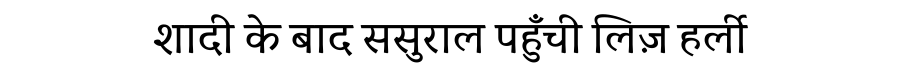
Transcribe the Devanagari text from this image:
शादी के बाद ससुराल पहुँची लिज़ हर्ली